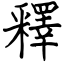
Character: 釋